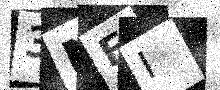
Text: 3NEI